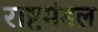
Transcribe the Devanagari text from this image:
राष्टमंडल